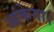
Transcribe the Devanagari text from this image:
आंकेगा।